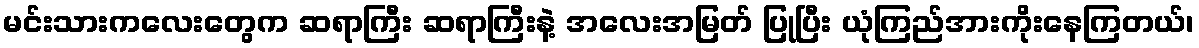
မင်းသားကလေးတွေက ဆရာကြီး ဆရာကြီးနဲ့ အလေးအမြတ် ပြုပြီး ယုံကြည်အားကိုးနေကြတယ်၊